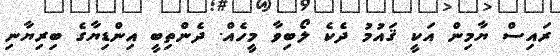
ރައިސް ޔާމިން އަކީ ޤައުމު ދެކެ ލޯބިވާ މީހެއް. ދެންތިބީ އިންޑިޔާގެ ބިރިޔާނި